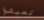
تعيشوا